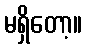
မရှိတော့။